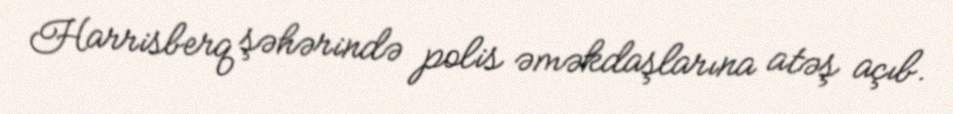
Harrisberq şəhərində polis əməkdaşlarına atəş açıb.